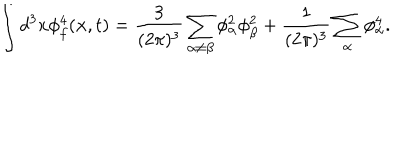
\int d ^ { 3 } x \phi _ { f } ^ { 4 } ( { \bf x } , t ) = \frac { 3 } { ( 2 \pi ) ^ { 3 } } \sum _ { \alpha \neq \beta } \phi _ { \alpha } ^ { 2 } \phi _ { \beta } ^ { 2 } + \frac { 1 } { ( 2 \pi ) ^ { 3 } } \sum _ { \alpha } \phi _ { \alpha } ^ { 4 } .